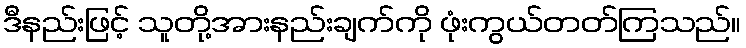
ဒီနည်းဖြင့် သူတို့အားနည်းချက်ကို ဖုံးကွယ်တတ်ကြသည်။